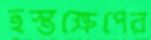
হস্তক্ষেপের